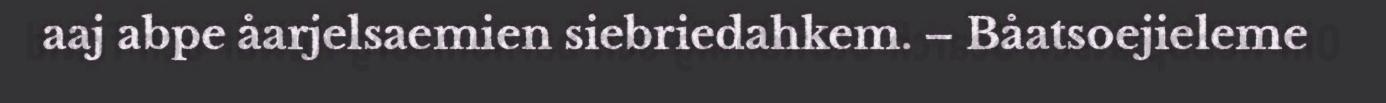
aaj abpe åarjelsaemien siebriedahkem. – Båatsoejieleme